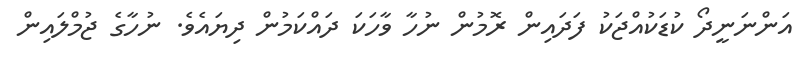
އަންނަނީދޯ ކުޑަކުއްޖަކު ފަދައިން ރޮމުން ނުހާ ވާހަކަ ދައްކަމުން ދިޔައެވެ. ނުހާގެ ޖުމްލައިން